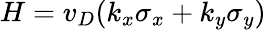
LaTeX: H=v_{D}(k_{x}\sigma_{x}+k_{y}\sigma_{y})